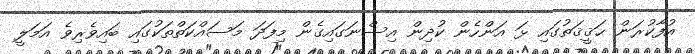
އުފާކުރަން ޙަޤީޤަތުގައި ޅަ އަންހެން ކުދިން އިސްނަގައިގެން މިފަދަ މަސައްކަތްތަކުގައި ބައިވެރިވެ އަމަލީ